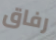
رفاق